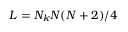
L = N _ { k } N ( N + 2 ) / 4